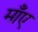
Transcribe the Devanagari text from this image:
माँए